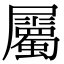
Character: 屬